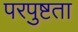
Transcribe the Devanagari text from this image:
परपुष्टता